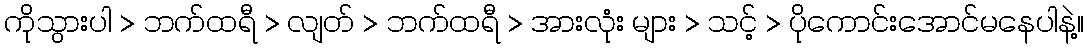
ကိုသွားပါ > ဘက်ထရီ > လျတ် > ဘက်ထရီ > အားလုံး များ > သင့် > ပိုကောင်းအောင်မနေပါနဲ့။